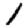
Digit: 1